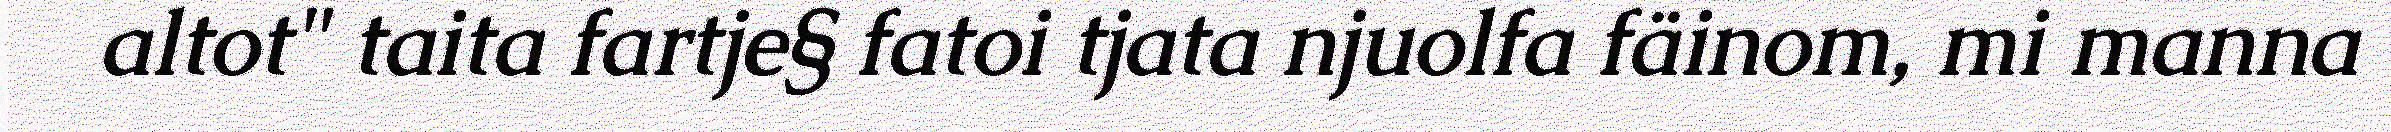
altot" taita fartje§ fatoi tjata njuolfa fäinom, mi manna